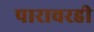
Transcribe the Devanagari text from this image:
पारावरही